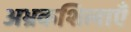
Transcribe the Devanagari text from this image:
अभ्रकशिलाएँ